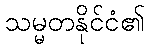
သမ္မတနိုင်ငံ၏